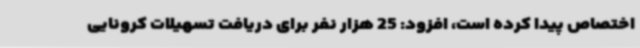
اختصاص پیدا کرده است، افزود: 25 هزار نفر برای دریافت تسهیلات کرونایی